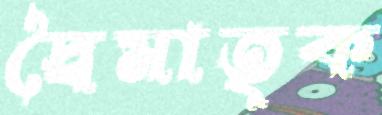
দ্বৈমাতৃক